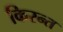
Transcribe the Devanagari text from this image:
किरन्त